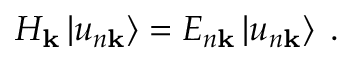
H _ { \mathbf { k } } \left| u _ { n \mathbf { k } } \right\rangle = E _ { n \mathbf { k } } \left| u _ { n \mathbf { k } } \right\rangle \; .